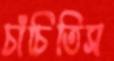
চাঁচিতিস